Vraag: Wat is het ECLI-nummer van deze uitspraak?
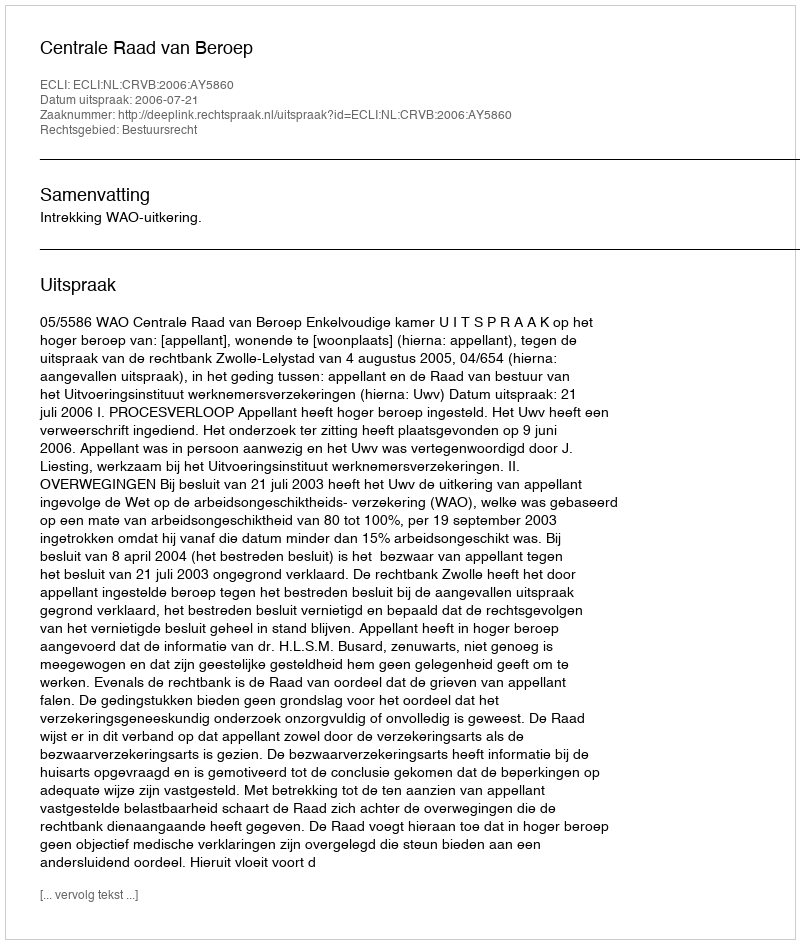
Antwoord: ECLI:NL:CRVB:2006:AY5860